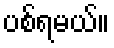
ပစ်ရမယ်။